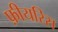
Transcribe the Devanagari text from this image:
फ़ीयरिस